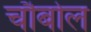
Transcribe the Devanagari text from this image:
चौबोल